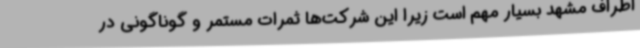
اطراف مشهد بسیار مهم است زیرا این شرکت‌ها ثمرات مستمر و گوناگونی در